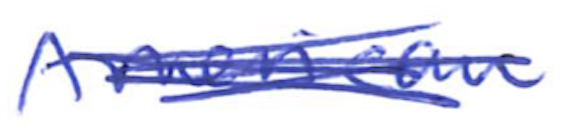
Text: American
Cross-out: mix
Writing tool: ballpoint